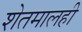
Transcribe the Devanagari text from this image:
शेतमालही